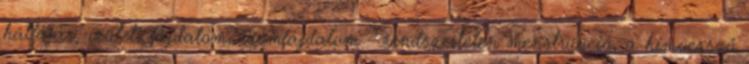
hátfájás, ízületi fájdalom, izomfájdalom - rendszertelen menstruáció, a hímvessző